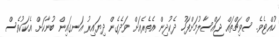
ހުއްޓެވެ. ސްވިޗްތައް ޖައްސާލުމަށްފަހު ދެކުދިން އެތެރެއަށް ވަދެގެން ދިޔައިރު އަނގައިން ބުނާކަށް އެކަކުވެސް